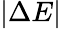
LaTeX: |\Delta E|